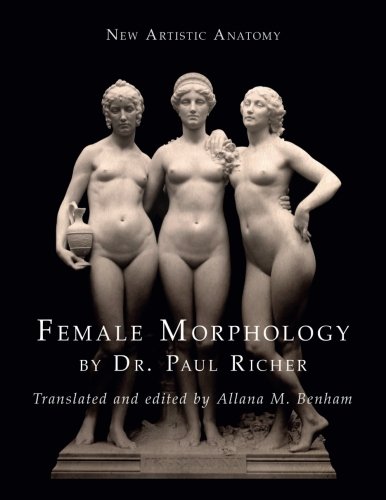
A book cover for New Artistic Anatomy: Female Morphology; Dr. Paul Richer; Arts & Photography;